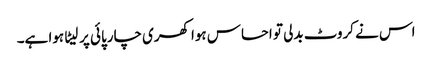
اس نے کروٹ بدلی تو احساس ہوا کھری چارپائی پر لیٹا ہوا ہے۔